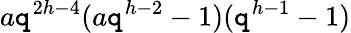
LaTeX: a\mathtt{q}^{2h-4}(a\mathtt{q}^{h-2}-1)(\mathtt{q}^{h-1}-1)